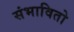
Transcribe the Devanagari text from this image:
संभावितो